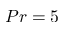
P r = 5